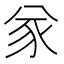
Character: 㒸